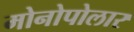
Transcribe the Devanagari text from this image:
मोनोपोलार